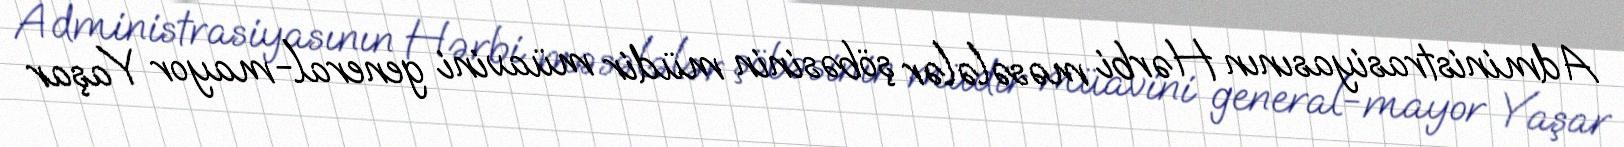
Administrasiyasının Hərbi məsələlər şöbəsinin müdir müavini general-mayor Yaşar